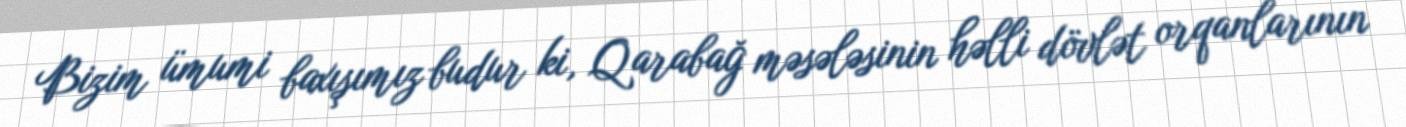
Bizim ümumi baxışımız budur ki, Qarabağ məsələsinin həlli dövlət orqanlarının